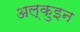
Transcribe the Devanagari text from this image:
अल्कुइन